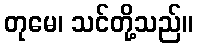
တုမေ၊ သင်တို့သည်။